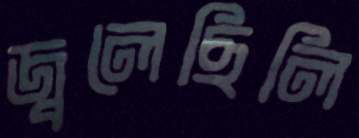
জ্বলেছিলি